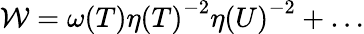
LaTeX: {\cal W}={\omega(T)}{\eta(T)}^{-2}{\eta(U)}^{-2}+{\dots}